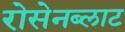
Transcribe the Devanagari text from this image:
रोसेनब्लाट